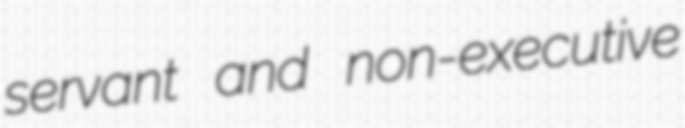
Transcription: servant and non-executive